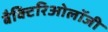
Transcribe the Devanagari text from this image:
बैक्टिरिओलॉजी